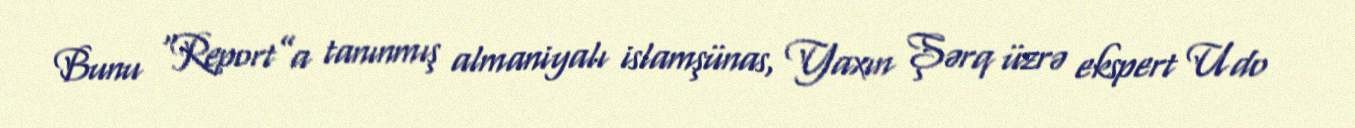
Bunu “Report”a tanınmış almaniyalı islamşünas, Yaxın Şərq üzrə ekspert Udo